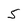
Character: 5